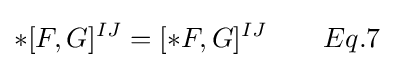
*[F,G]^{IJ}=[*F,G]^{IJ}\qquad Eq.7